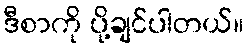
ဒီစာကို ပို့ချင်ပါတယ်။